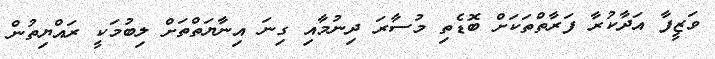
ވަޒީފާ އަދާކުރާ ފަރާތްތަކަށް ބޮޑެތި މުސާރަ ދިނުމާއި ގިނަ އިނާޔަތްތަށް ލިބުމަކީ ރައްޔިތުން